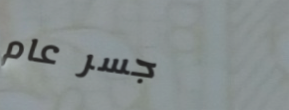
جسر عام